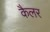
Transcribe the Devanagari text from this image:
कैलर